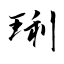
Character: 琍